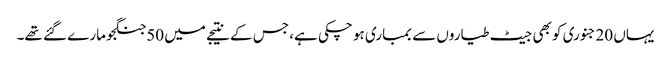
یہاں 20جنوری کو بھی جیٹ طیاروں سے بمباری ہو چکی ہے، جس کے نتیجے میں 50جنگجو مارے گئے تھے۔